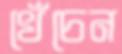
খেঁচেন